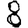
Digit: 8